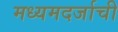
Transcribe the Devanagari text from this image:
मध्यमदर्जाची